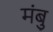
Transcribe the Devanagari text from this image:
मंबु